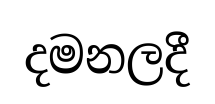
දමනලදී